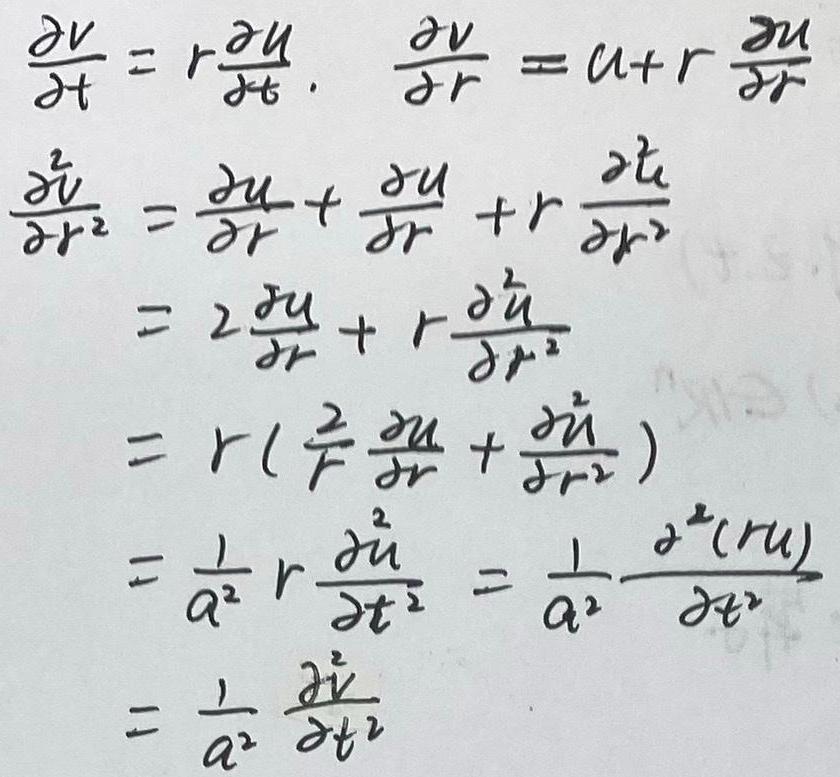
\[
\begin{align*}
\frac{\partial v}{\partial t}&=r\frac{\partial u}{\partial t},&\frac{\partial v}{\partial r}&=u + r\frac{\partial u}{\partial r}\\
\frac{\partial^{2}v}{\partial r^{2}}&=\frac{\partial u}{\partial r}+\frac{\partial u}{\partial r}+r\frac{\partial^{2}u}{\partial r^{2}}\\
&=2\frac{\partial u}{\partial r}+r\frac{\partial^{2}u}{\partial r^{2}}\\
&=r\left(\frac{2}{r}\frac{\partial u}{\partial r}+\frac{\partial^{2}u}{\partial r^{2}}\right)\\
&=\frac{1}{a^{2}}r\frac{\partial^{2}u}{\partial t^{2}}=\frac{1}{a^{2}}\frac{\partial^{2}(ru)}{\partial t^{2}}\\
&=\frac{1}{a^{2}}\frac{\partial^{2}v}{\partial t^{2}}
\end{align*}
\]